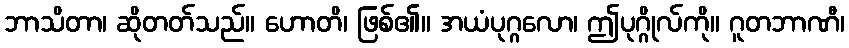
ဘာသိတာ၊ ဆိုတတ်သည်။ ဟောတိ၊ ဖြစ်၏။ အယံပုဂ္ဂလော၊ ဤပုဂ္ဂိုလ်ကို။ ဂူတဘာဏီ၊